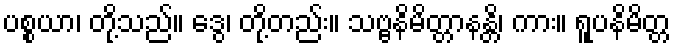
ပစ္စယာ၊ တို့သည်။ ဒွေ၊ တို့တည်း။ သဗ္ဗနိမိတ္တာနန္တိ၊ ကား။ ရူပနိမိတ္တ